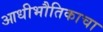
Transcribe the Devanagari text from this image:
आधीभौतिकाचा